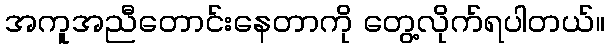
အကူအညီတောင်းနေတာကို တွေ့လိုက်ရပါတယ်။